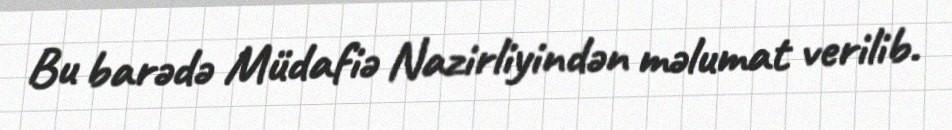
Bu barədə Müdafiə Nazirliyindən məlumat verilib.